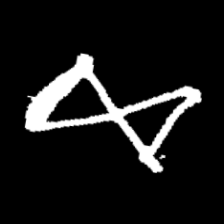
Pyu character \u2014 Myanmar letter: ဆ (romanized: cha)